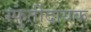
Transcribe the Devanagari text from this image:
स्फुर्तीदायक